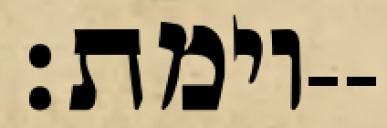
וימת׃--